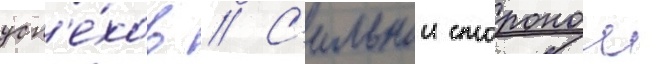
усп'е́хов // С'ильнои сторонои